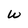
Character: W